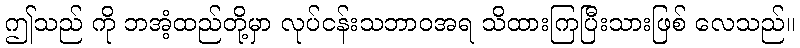
ဤသည် ကို ဘအံ့ထည်တို့မှာ လုပ်ငန်းသဘာဝအရ သိထားကြပြီးသားဖြစ် လေသည်။